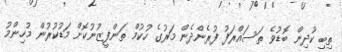
ތިބި ކުދިން ބޮޑުވެ ތަސައްރަފު ފުރެންދެން މަރުގެ ހުކުމް ތަންފީޒުނުކޮށް މަޑުކުރުން މުހިންމު